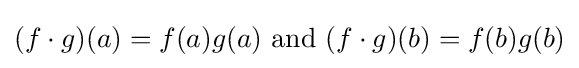
(f\cdot g)(a)=f(a)g(a){\mbox{ and }}(f\cdot g)(b)=f(b)g(b)